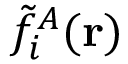
\tilde { f } _ { i } ^ { A } ( \mathbf { r } )